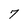
Character: 7